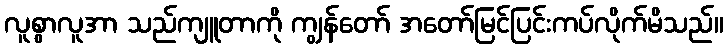
လူစွာလူအာ သည်ကျူတာကို ကျွန်တော် အတော်မြင်ပြင်းကပ်လိုက်မိသည်။